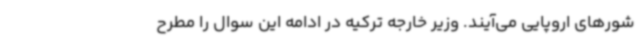
شورهای اروپایی می‌آیند. وزیر خارجه ترکیه در ادامه این سوال را مطرح